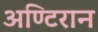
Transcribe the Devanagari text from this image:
अण्टिरान